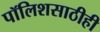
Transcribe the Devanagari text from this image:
पॉलिशसाठीही